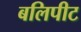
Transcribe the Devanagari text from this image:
बलिपीट